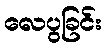
လေပွခြင်း